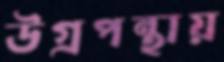
উগ্রপন্থায়